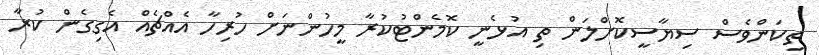
ތިކަންވެސް ސިޔާސީކޮށްލަން ތި އުޅެނީ ކޮމެންޓުކުރާ މީހުންނަށް ހުރިހާ އެއްޗެއް އެގިގެން ކުރާ